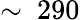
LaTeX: \sim\ 290